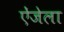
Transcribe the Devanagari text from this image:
ऐंजेला